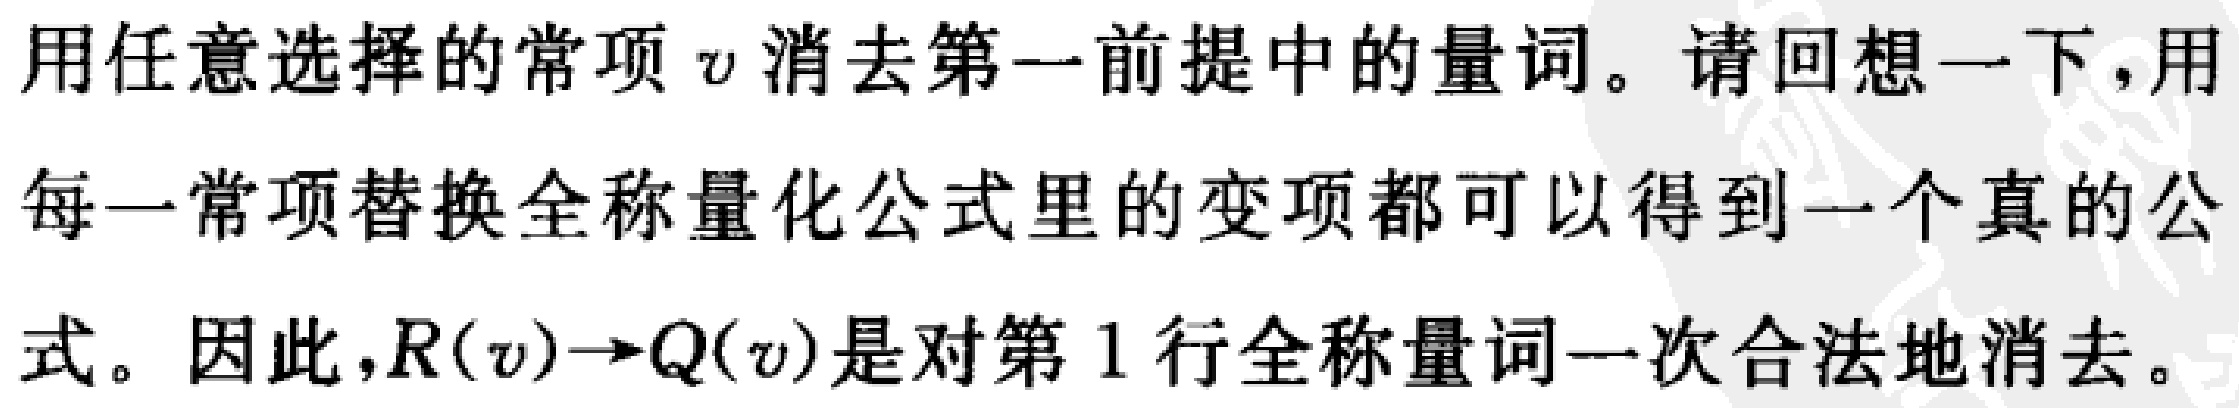
用任意选择的常项$v$消去第一前提中的量词。请回想一下，用每一常项替换全称量化公式里的变项都可以得到一个真的公式。因此，$R(v)\to Q(v)$是对第1行全称量词一次合法地消去。